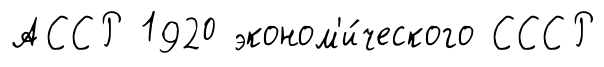
АССР 1920 эконом'и́ческого СССР